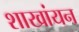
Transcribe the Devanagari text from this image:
शाखांयन